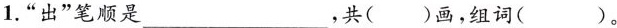
1.“出”笔顺是___，共（）画，组词（）。